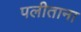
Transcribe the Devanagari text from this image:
पलीताना